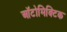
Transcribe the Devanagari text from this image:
ऑटोमिक्टिक